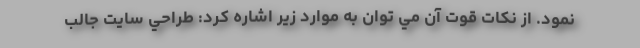
نمود. از نكات قوت آن مي توان به موارد زير اشاره كرد: طراحي سايت جالب